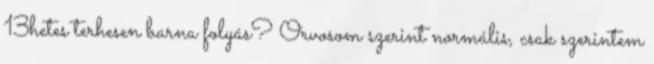
13hetes terhesen barna folyás? Orvosom szerint normális, csak szerintem